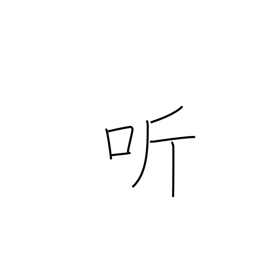
Meaning: open-mouthed laughter